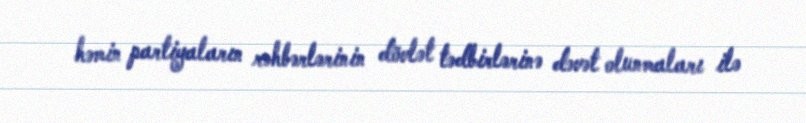
həmin partiyaların rəhbərlərinin dövlət tədbirlərinə dəvət olunmaları ilə